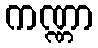
ကဏ္ဏာ